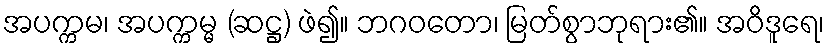
အပက္ကမ၊ အပက္ကမ္မ (ဆဋ္ဌ) ဖဲ၍။ ဘဂဝတော၊ မြတ်စွာဘုရား၏။ အဝိဒူရေ၊